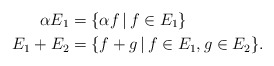
\begin{align*} \alpha E_1 &= \{\alpha {f}\,|\, {f}\in E_1\} \\ E_1 + E_2 &= \{{f}+{g}\,|\, {f}\in E_1, {g}\in E_2\}.\end{align*}